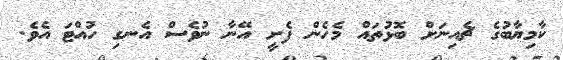
ކާމިޔާބުގެ ޗެއިނަށް ބޮޅުތައް މެހެން ފެށީ އޭނާ ނުވެސް އެނގި ހުއްޓަ އެވެ.